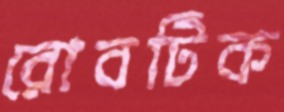
রোবটিক